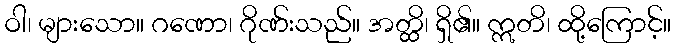
ဝါ၊ များသော။ ဂဏော၊ ဂိုဏ်းသည်။ အတ္ထိ၊ ရှိ၏။ ဣတိ၊ ထို့ကြောင့်။